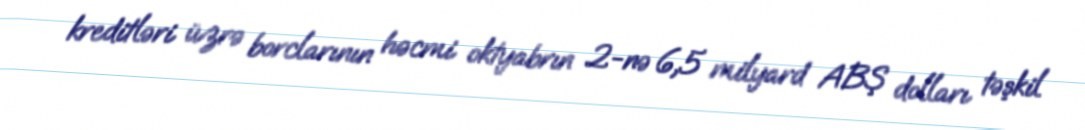
kreditləri üzrə borclarının həcmi oktyabrın 2-nə 6,5 milyard ABŞ dolları təşkil